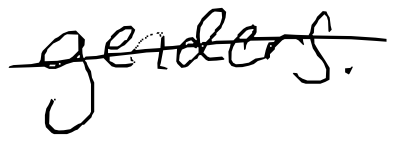
Text: genders.
Cross-out: single-line
Writing tool: digital_black